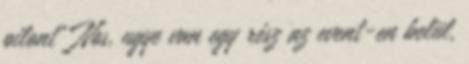
pilont" Nos, ugye van egy rész az event-en belül,